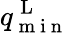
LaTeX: q_{\mathrm{~m~i~n~}}^{\mathrm{~L~}}